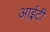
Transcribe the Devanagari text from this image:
आई़़टी